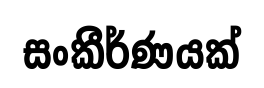
සංකීර්ණයක්